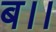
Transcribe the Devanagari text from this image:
ब।।